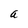
Character: a